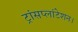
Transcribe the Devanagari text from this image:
ट्रांसप्लांटेशन।